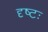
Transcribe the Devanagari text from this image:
दृष्टः